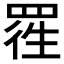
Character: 𱻃